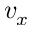
v _ { x }